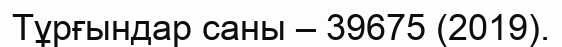
Тұрғындар саны – 39675 (2019).